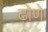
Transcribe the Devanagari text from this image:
ढ़ोणे